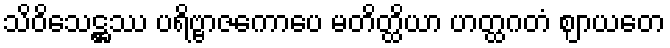
သိဝိသေဋ္ဌဿ ပရိဗ္ဗာဇကောပေ မတိတ္ထိယာ ဟတ္ထဂတံ ဈာယတေ